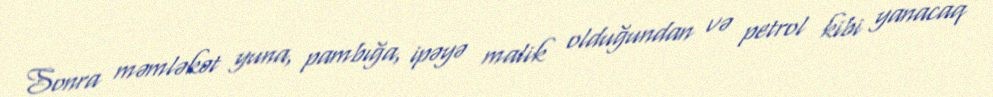
Sonra məmləkət yuna, pambığa, ipəyə malik olduğundan və petrol kibi yanacaq